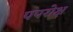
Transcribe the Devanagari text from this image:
पपरोक्ष